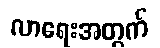
လာရေးအတွက်